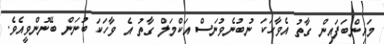
މައިންބަފައިން ގާތު އެވާހަކަ ނުބުނެވުނަސް އަކްމަލް ގާތު އެ ވާހަކަ ބުނަން ބޭނުންވީއެވެ.